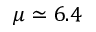
\mu \simeq 6 . 4